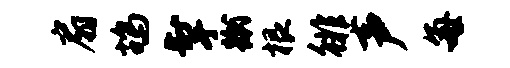
扇鸪掣蹴根徘声每